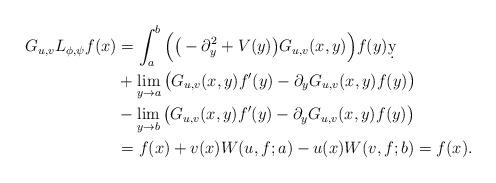
LaTeX: \begin{align*} G_{u,v}L_{\phi,\psi}f(x)&= \int_a^b\Big(\big(-\partial_y^2+V(y)\big)G_{u,v}(x,y)\Big)f(y)\d y \\ &+\lim_{y\to a}\big(G_{u,v}(x,y)f'(y)-\partial_yG_{u,v}(x,y)f(y)\big)\\ &-\lim_{y\to b}\big(G_{u,v}(x,y)f'(y)-\partial_yG_{u,v}(x,y)f(y)\big)\\ &=f(x)+v(x)W(u,f;a)-u(x)W(v,f;b)= f(x).\end{align*}